Calcutta medical institutions reports 1892-1900
Year: 1892
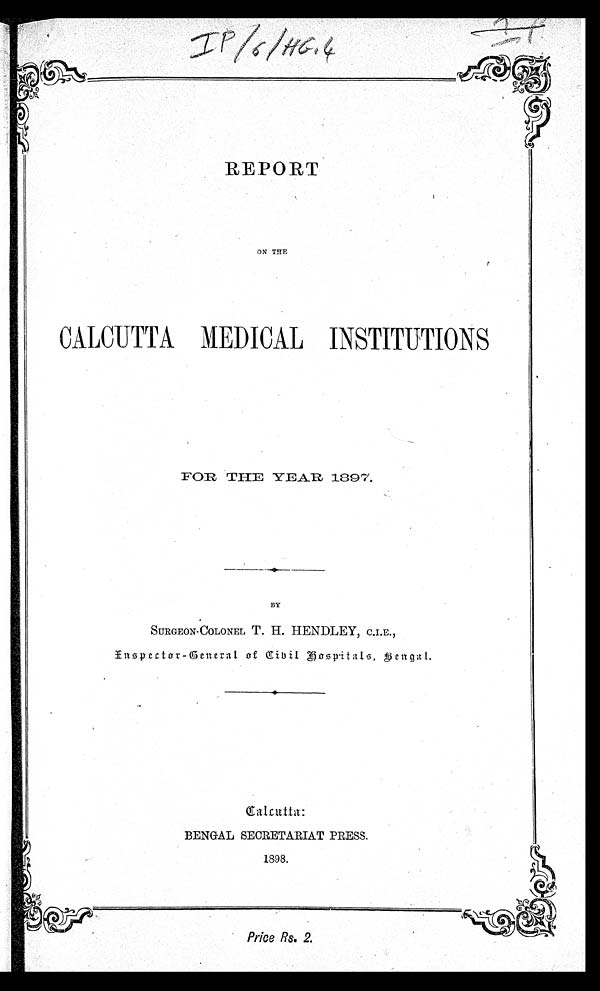
REPORT
ON THE
CALCUTTA MEDICAL INSTITUIONS
FOR THE YEAR 1897.
BY
SURGEON-COLONEL T. H. HENDLEY, C.I.E.,
Enspector-G
eneral of Cibil Hospitals, Bengal.
Calcutta
:
BENGAL SECRETARIAT PRESS.
1898.
Price Rs. 2.